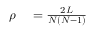
\begin{array} { r l } { \rho } & { { } = \frac { 2 L } { N ( N - 1 ) } } \end{array}